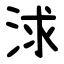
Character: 浗